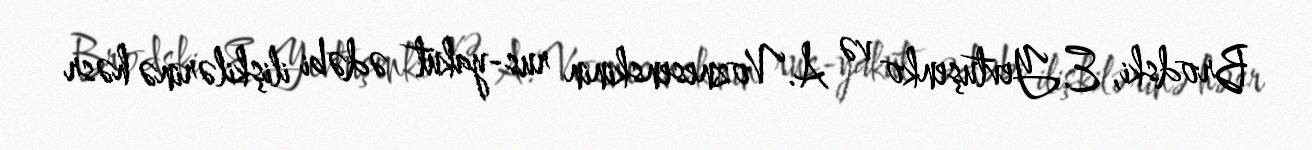
Brodski, E.Yevtuşenko və A.Voznesenskinin rus-yakut ədəbi ilişkilərinə həsr